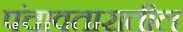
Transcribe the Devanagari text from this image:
पंचावतारातील